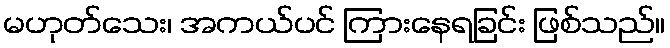
မဟုတ်သေး၊ အကယ်ပင် ကြားနေရခြင်း ဖြစ်သည်။